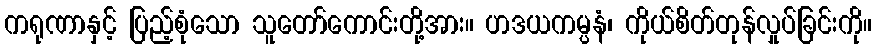
ကရုဏာနှင့် ပြည့်စုံသော သူတော်ကောင်းတို့အား။ ဟဒယကမ္ပနံ၊ ကိုယ်စိတ်တုန်လှုပ်ခြင်းကို။